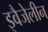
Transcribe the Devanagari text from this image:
इवैजेलीन